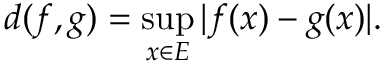
d ( f , g ) = \operatorname* { s u p } _ { x \in E } | f ( x ) - g ( x ) | .